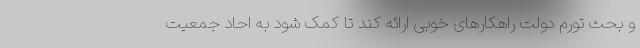
و بحث تورم دولت راهکارهای خوبی ارائه کند تا کمک شود به احاد جمعیت